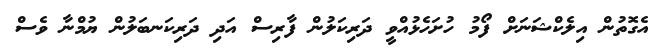
އެގޮތުން އިލެކްޝަނަށް ފޯމު ހުށަހެޅުއްވީ ދަރިކަލުން ފާރިސް އަދި ދަރިކަނބަލުން ޔުމްނާ ވެސް